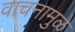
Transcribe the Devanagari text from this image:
वाचनामुळे